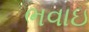
ભવાઇ